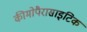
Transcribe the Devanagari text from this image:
कीमोपैरासाइटिक